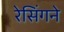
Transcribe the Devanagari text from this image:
रेसिंगने